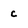
Character: c